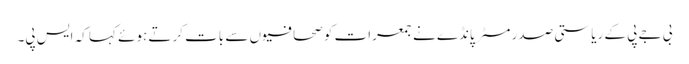
بی جے پی کے ریاستی صدر مسٹر پانڈے نے جمعرات کو صحافیوں سے بات کرتے ہوئے کہا کہ ایس پی۔